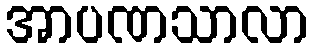
အာပဏသာလာ